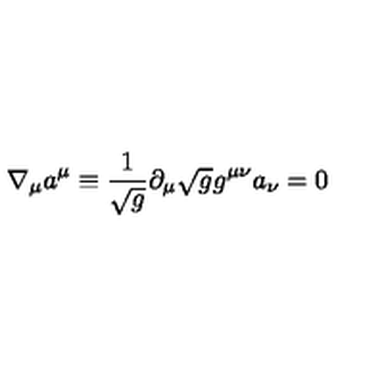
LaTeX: \nabla _ { \mu } a ^ { \mu } \equiv { \frac { 1 } { \sqrt g } } \partial _ { \mu } \sqrt g g ^ { \mu \nu } a _ { \nu } = 0